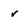
Character: v